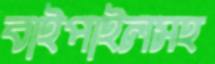
বাইপাইলসহ